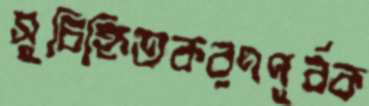
সুচিহ্নিতকরণপূর্বক